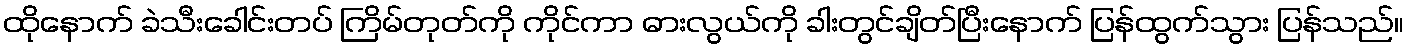
ထိုနောက် ခဲသီးခေါင်းတပ် ကြိမ်တုတ်ကို ကိုင်ကာ ဓားလွယ်ကို ခါးတွင်ချိတ်ပြီးနောက် ပြန်ထွက်သွား ပြန်သည်။